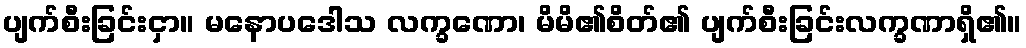
ပျက်စီးခြင်းငှာ။ မနောပဒေါသ လက္ခဏော၊ မိမိ၏စိတ်၏ ပျက်စီးခြင်းလက္ခဏာရှိ၏။